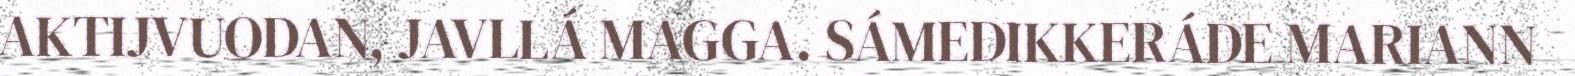
AKTIJVUODAN, JAVLLÁ MAGGA. SÁMEDIKKERÁDE MARIANN